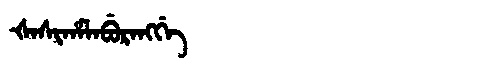
Manchu: ᡧᠠᠰᡳᡥᠠᠯᠠᠪᡠᡵᠠᠩᡤᡝ
Romanization: ŠASIHALABURANGGE